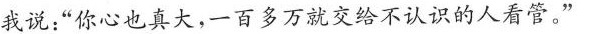
我说：”你心也真大，一百多万就交给不认识的人看管。”